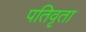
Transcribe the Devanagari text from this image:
पतिवृता